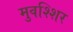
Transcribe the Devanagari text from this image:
मुवश्शिर